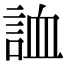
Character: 𧧓